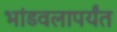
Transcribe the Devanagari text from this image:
भांडवलापर्यंत